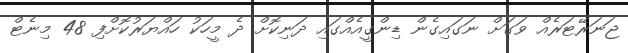
ޖަނަރޭޓަރެއް ވަގަށް ނަގައިގެން ޑިންގީއެއްގައި ދަނިކޮށް ދެ މީހަކު ހައްޔަރުކޮށްފި 48 މިނެޓް